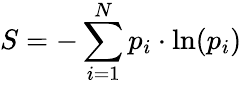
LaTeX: S=-\sum_{i=1}^{N}p_{i}\cdot\ln(p_{i})